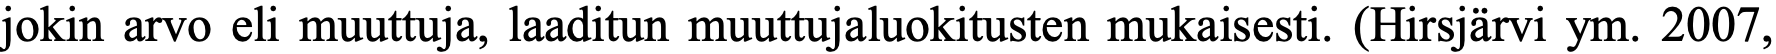
jokin arvo eli muuttuja, laaditun muuttujaluokitusten mukaisesti. (Hirsjärvi ym. 2007,